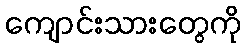
ကျောင်းသားတွေကို